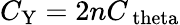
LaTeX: C_{\mathrm{Y}}=2nC_{\mathrm{\ theta}}